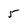
Character: 5